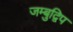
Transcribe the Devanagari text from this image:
जम्‍बुद्विप